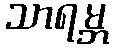
သာရမ္ဘ